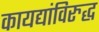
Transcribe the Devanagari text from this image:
कायद्यांविरुद्ध